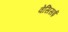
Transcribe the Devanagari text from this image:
वेसिसई